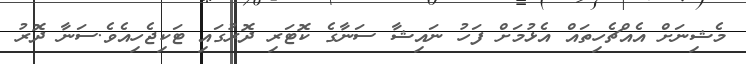
މެޝިނަށް އެއްޗެހިތައް އެޅުމަށް ފަހު ނައިޝާ ސަނާގެ ކޮޓަރި ދޮރުގައި ޓަކިޖެހިއެވެ.ސަނާ ދޮރު